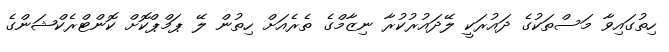
ހިތުގައިވާ މަސްތަކުގެ ދައުރަކީ ލޭދައުރުކުރާ ނިޒާމްގެ ތެރެއަށް ހިތުން ލޭ ޕަމްޕްކޮށް ކޮންޓްރެކްޝަންގެ